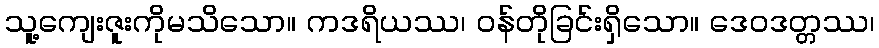
သူ့ကျေးဇူးကိုမသိသော။ ကဒရိယဿ၊ ဝန်တိုခြင်းရှိသော။ ဒေဝဒတ္တဿ၊